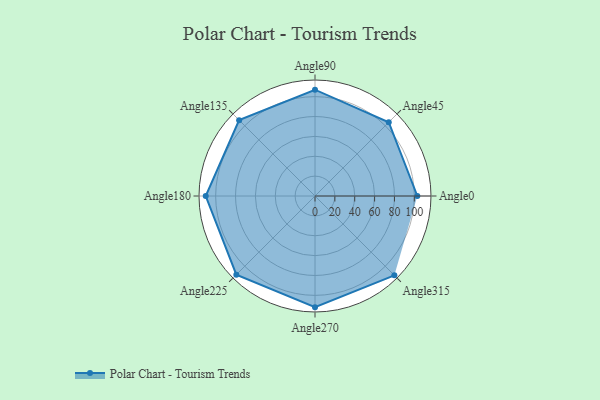
{"axis": {"x": "Angle", "y": "Radius"}, "legend": [""], "data": [{"x": "Angle0", "y": 103.0, "type": ""}, {"x": "Angle45", "y": 105.0, "type": ""}, {"x": "Angle90", "y": 107.0, "type": ""}, {"x": "Angle135", "y": 108.0, "type": ""}, {"x": "Angle180", "y": 110.0, "type": ""}, {"x": "Angle225", "y": 112.0, "type": ""}, {"x": "Angle270", "y": 112.0, "type": ""}, {"x": "Angle315", "y": 113.0, "type": ""}]}